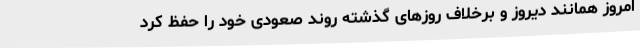
امروز همانند دیروز و برخلاف روزهای گذشته روند صعودی خود را حفظ کرد